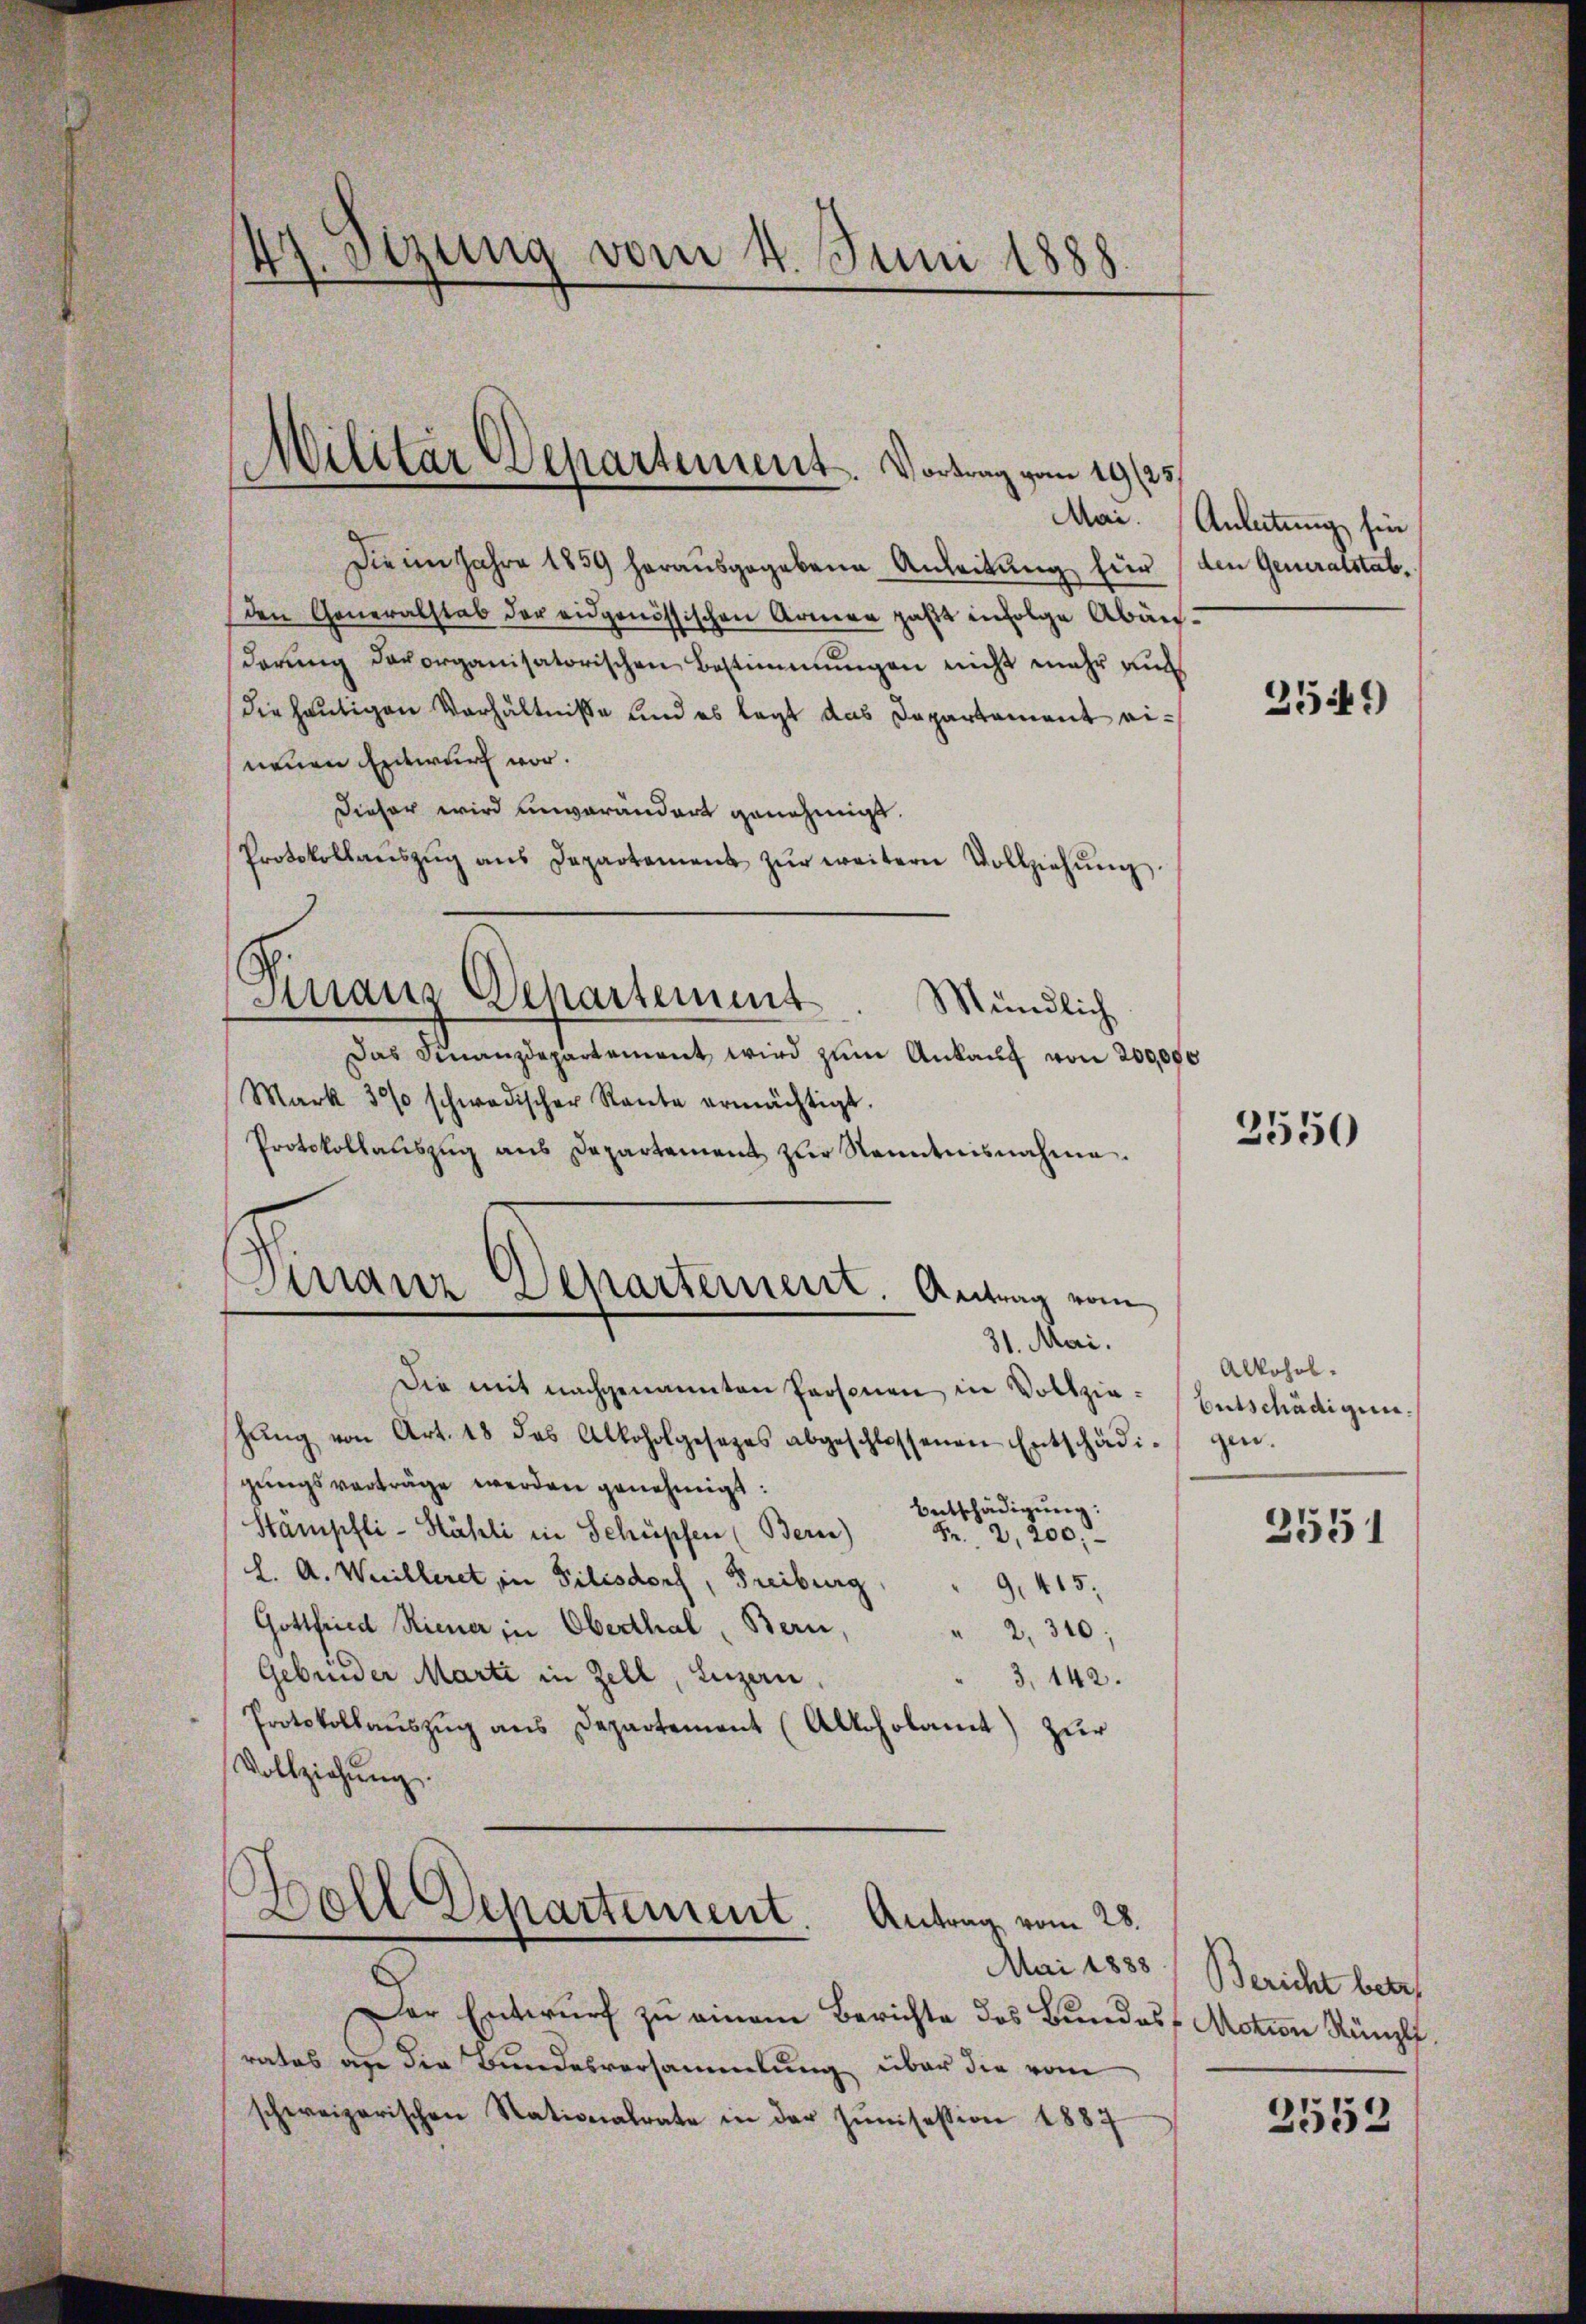
Die im Jahre 1859 herausgegebene Anleitung für den Generalstab,
den Generalstab der eidgenössischen Armen hast infolge Abändarung davorganisatorischen Bestimmungen nicht mehr auch
die heutigen Verhältniße und es legt das Departement eineuen Entwurf vor.
Dieser wird unverändert genehmigt.
Protokollaŭszŭg ans Departament zŭr weitern Vollziehŭng.
Das Finanzdepartement wird zŭm Ankauf von 200,000
Mark 30% schwedischer Raute ermächtigt.
Protokollanszŭg ans Departement zŭr Kenntnisnahme.
Die mit nachgenannten Personen in Vollzieshŭng von Art. 48 das Alkoholgesetzes abgeschlossenen Entschädi-
gungsverträge werden genehmigt:
Entschädigŭng:
Stämpfli-Hähli in Schüpfen (Bern)
Fr. 2,200.
L. A. Weilleret, in Pilisdorf, Freiburg
9, 415.
.
Gottfried Riener in Oberthal, Bern,
" 2, 340;
Gebinder Marti in Zell, Luzern,
3. 142.
Protokollaŭszŭg ans Departement (Alkoholamt zŭr
Vollziehung.
Boll Departement. Antrag vom 28.
Der Entwurf zu einem Berichte des Bundes Motion Künzli.
rates an die Bundesversammlung über die vom
schweizerischen Stationalrate in der Junisession 1887

47. Stzung vom 4. Juni 1888.

Militär Departement. Vortrag vom 19/25.

Maus Departement

Mündlich

Finanz Departement. Antrag vom
31. Mai.

Mai. Anleitung fie

35449)

2550

Alkohob.
Entschädigun
gen.

2551

Mai 1888) Bericht betr.

2552